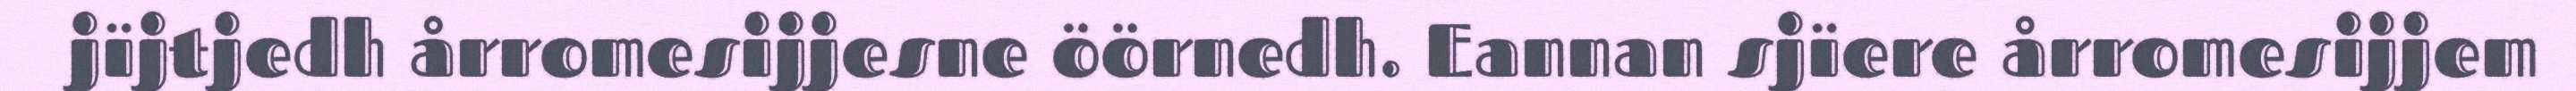
jïjtjedh årromesijjesne öörnedh. Eannan sjïere årromesijjem